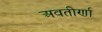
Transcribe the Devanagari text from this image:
अवतीर्णा